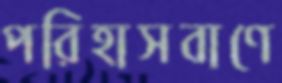
পরিহাসবাণে